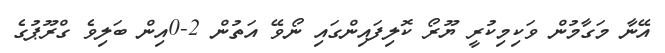
އޭނާ މަގާމުން ވަކިމިކުރީ ޔޫރޯ ކޮލިފައިންގައި ނޯވޭ އަތުން 2-0އިން ބަލިވެ ގްރޫޕުގެ